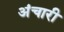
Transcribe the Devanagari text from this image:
अंचारी